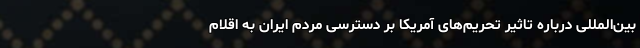
بین‌المللی درباره تاثیر تحریم‌های آمریکا بر دسترسی مردم ایران به اقلام